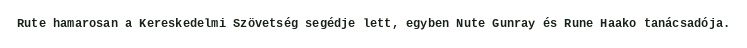
Rute hamarosan a Kereskedelmi Szövetség segédje lett, egyben Nute Gunray és Rune Haako tanácsadója.